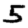
Digit: 5